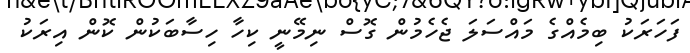
ފަހަރަކު ބިމެއްގެ މައްސަލަ ޖެހެމުން ގޮސް ނިމޭނީ ކިހާ ހިސާބަކުން ކޮން އިރަކު